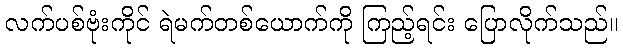
လက်ပစ်ဗုံးကိုင် ရဲမက်တစ်ယောက်ကို ကြည့်ရင်း ပြောလိုက်သည်။